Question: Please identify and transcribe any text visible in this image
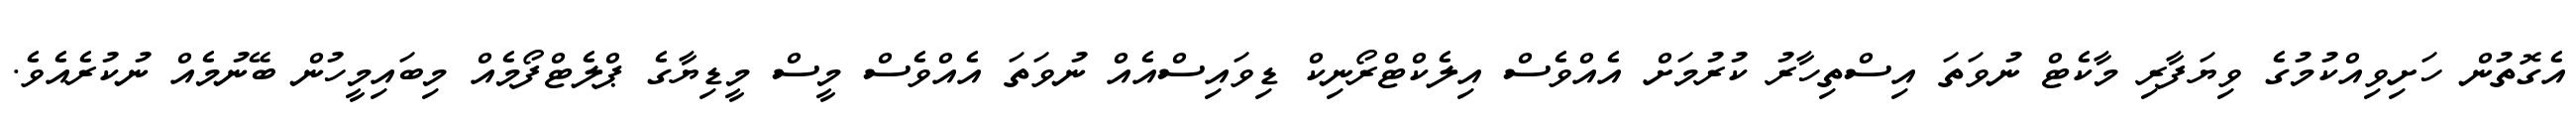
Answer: އެގޮތުން ހަށިވިއްކުމުގެ ވިޔަފާރި މާކެޓް ނުވަތަ އިސްތިހާރު ކުރުމަށް އެއްވެސް އިލެކްޓްރޯނިކް ޑިވައިސްއެއް ނުވަތަ އެއްވެސް މީސް މީޑިޔާގެ ޕްލެޓްފޯމެއް މިބައިމީހުން ބޭނުމެއް ނުކުރެއެވެ.